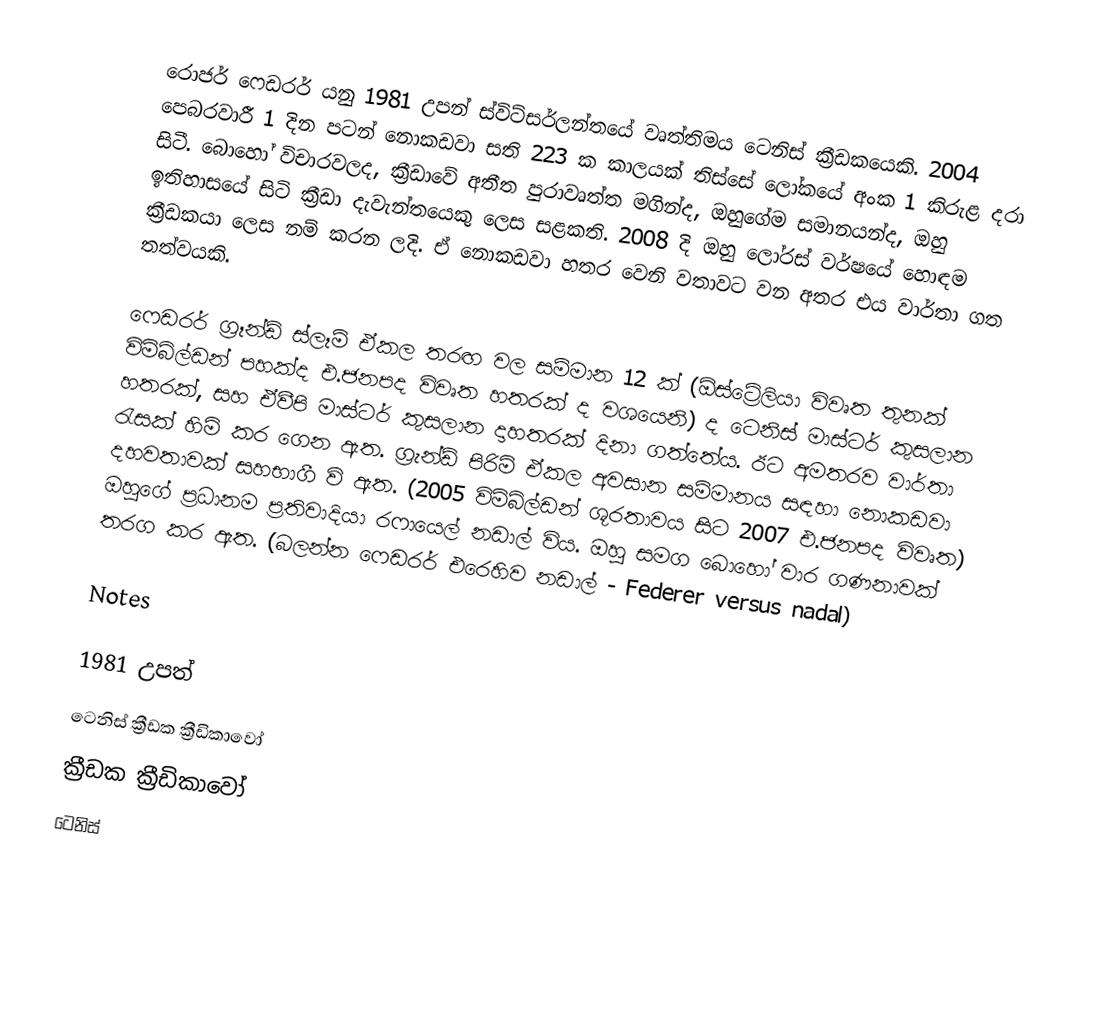
රොජර් ෆෙඩරර් යනු 1981 උපන් ස්විට්සර්ලන්තයේ වෘත්තිමය ටෙනිස් ක්‍රීඩකයෙකි. 2004 පෙබරවාරී 1 දින පටන් නොකඩවා සති 223 ක  කාලයක් තිස්සේ ලෝකයේ අංක 1 කිරුළ දරා සිටී. බොහෝ විචාරවලද, ක්‍රීඩාවේ අතීත පුරාවෘත්ත මගින්ද, ඔහුගේම සමානයන්ද, ඔහු ඉතිහාසයේ සිටි ක්‍රීඩා දැවැන්තයෙකු ලෙස සළකති. 2008 දි ඔහු ලෝරස් වර්ෂයේ හොඳම ක්‍රීඩකයා ලෙස නම් කරන ලදි. ඒ නොකඩවා හතර වෙනි වතාවට වන අතර එය වාර්තා ගත තත්වයකි.

ෆෙඩරර් ග්‍රෑන්ඩ් ස්ලෑම් ඒකල තරඟ වල සම්මාන 12 ක් (ඕස්ට්‍රේලියා විවෘත තුනක් විම්බ්ල්ඩන් පහක්ද එ.ජනපද විවෘත හතරක් ද වශයෙනි) ද ටෙනිස් මාස්ටර් කුසලාන හතරක්, සහ ඒවීපි මාස්ටර් කුසලාන දාහතරක් දිනා ගත්තේය. ඊට අමතරව වාර්තා රැසක් හිමි කර ගෙන ඇත. ග්‍රැන්ඩ් පිරිමි ඒකල අවසාන සම්මානය සඳහා නොකඩවා දහවතාවක් සහභාගී වි ඇත. (2005 විම්බ්ල්ඩන් ශූරතාවය සිට 2007 එ.ජනපද විවෘත) ඔහුගේ ප්‍රධානම ප්‍රතිවාදියා රෆායෙල් නඩාල් විය. ඔහු සමග බොහෝ වාර ගණනාවක් තරග කර ඇත. (බලන්න ෆෙඩරර් එරෙහිව නඩාල් - Federer versus nadal)

Notes

1981 උපත්
ටෙනිස් ක්‍රීඩක ක්‍රීඩිකාවෝ
ක්‍රීඩක ක්‍රීඩිකාවෝ
ටෙනිස්